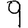
Digit: 9